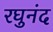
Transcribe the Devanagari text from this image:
रघुनंद